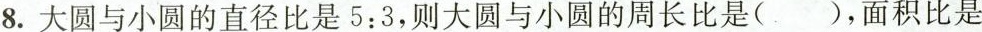
8.大圆与小圆的直径比是5:3，则大圆与小圆的周长比是()，面积比是